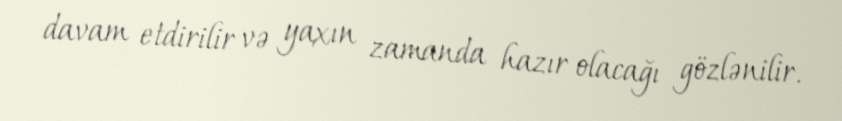
davam etdirilir və yaxın zamanda hazır olacağı gözlənilir.